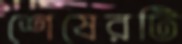
শেষেরটি